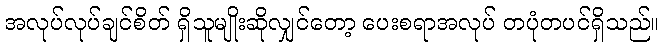
အလုပ်လုပ်ချင်စိတ် ရှိသူမျိုးဆိုလျှင်တော့ ပေးစရာအလုပ် တပုံတပင်ရှိသည်။